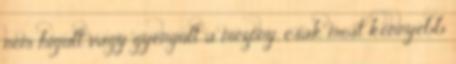
nem hígult vagy gyengült a mezőny, csak most könnyebb